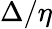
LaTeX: \Delta/\eta